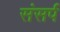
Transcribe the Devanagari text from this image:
संसर्प